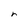
Character: r